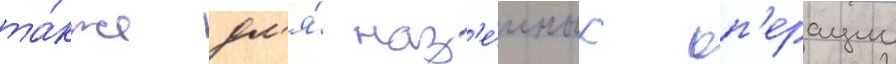
та́кже дл'я́ наз'е́мных оп'ерации